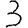
Digit: 3